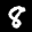
Label: 8